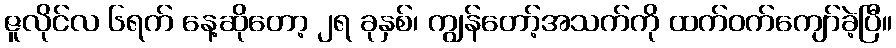
ဇူလိုင်လ ၆ရက် နေ့ဆိုတော့ ၂ရ ခုနှစ်၊ ကျွန်တော့်အသက်ကို ထက်ဝက်ကျော်ခဲ့ပြီ။